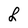
Character: L